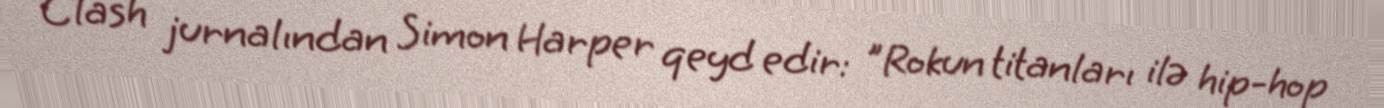
Clash jurnalından Simon Harper qeyd edir: "Rokun titanları ilə hip-hop